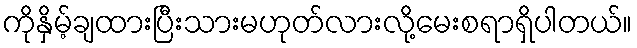
ကိုနှိမ့်ချထားပြီးသားမဟုတ်လားလို့မေးစရာရှိပါတယ်။